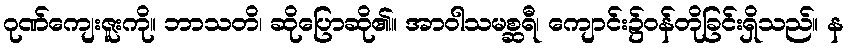
ဂုဏ်ကျေးဇူးကို။ ဘာသတိ၊ ဆိုပြောဆို၏။ အာဝါသမစ္ဆရီ၊ ကျောင်း၌ဝန်တိုခြင်းရှိသည်။ န